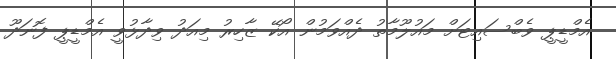
އެމްޑީޕީ ވެބްސައިޓަށް މައުލޫމާތު ދެއްވަމުން އޯކޭ ޒާހިރު މިއަދު ވިދާޅުވީ އެމްޑީޕީ ފޮނަދޫ